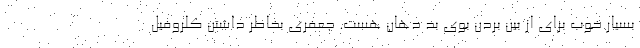
بسیار خوب برای از بین بردن بوی بد دهان هست. جعفری بخاطر داشتن کلروفیل